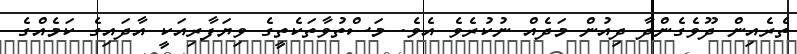
ތެރެއިން ދޫވެގެންދާ ދިއުން މަދެއް ނުކުރެވެ އެވެ. މަސްތުވާތަކެތީގެ ވިޔަފާރިއަކީ އާދައިގެ ކަމެއްގެ